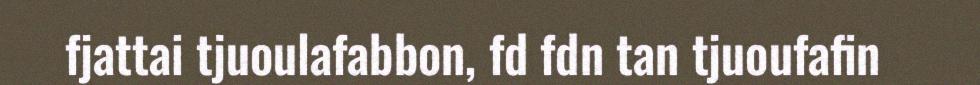
fjattai tjuoulafabbon, fd fdn tan tjuoufafin